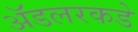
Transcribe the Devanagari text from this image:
ॲडलरकडे